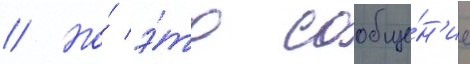
// Но́ э́то сообще́н'ие